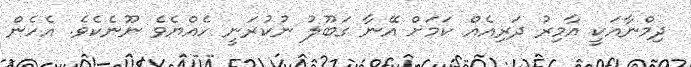
ދިމްނާއަކީ އާމިރު ދަރިއެއް ކަމަށް އޭނާ ގަބޫލު ނުކުރަނީ ހެއްޔެވެ ނޫނެކެވެ. އެހެން